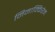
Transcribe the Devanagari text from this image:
निनाक्किरेन